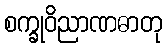
စက္ခုဝိညာဏဓာတု